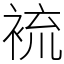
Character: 裗